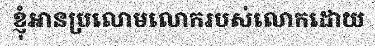
ខ្ញុំអានប្រលោមលោករបស់លោកដោយ